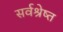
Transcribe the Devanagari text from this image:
सर्वश्रेष्त